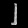
Digit: ၂